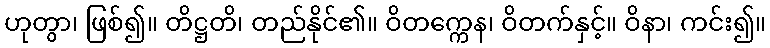
ဟုတွာ၊ ဖြစ်၍။ တိဋ္ဌတိ၊ တည်နိုင်၏။ ဝိတက္ကေန၊ ဝိတက်နှင့်။ ဝိနာ၊ ကင်း၍။